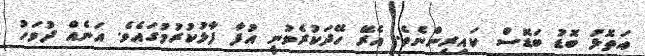
އަތޮޅު ބޮޑު ބަޑޮސް ކައިރިންނެވެ. އެރޭ ހޭދަކުރެވުނީ އުފާ ފާޅުކުރުމުގައެވެ. އަނެއް ދުވަހު